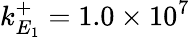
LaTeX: k_{E_{1}}^{+}=1.0\times 10^{7}